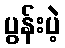
ပွန်းပဲ့